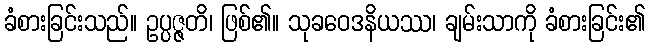
ခံစားခြင်းသည်။ ဥပ္ပဇ္ဇတိ၊ ဖြစ်၏။ သုခဝေဒနိယဿ၊ ချမ်းသာကို ခံစားခြင်း၏